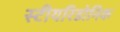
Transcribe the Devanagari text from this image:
स्टीयरिडोनिक